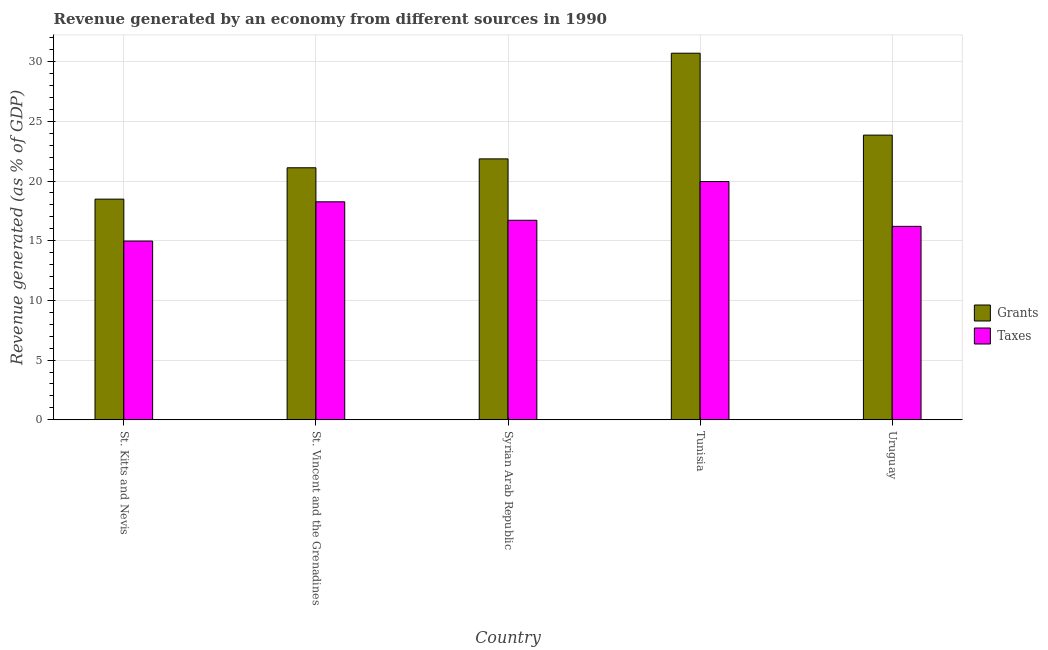
| Country | Grants | Taxes |
 | --- | --- | --- |
 | St. Kitts and Nevis | 18.5 | 15 |
 | St. Vincent and the Grenadines | 21.1 | 18.3 |
 | Syrian Arab Republic | 21.9 | 16.7 |
 | Tunisia | 30.7 | 20 |
 | Uruguay | 23.8 | 16.2 |